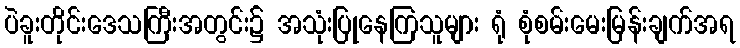
ပဲခူးတိုင်းဒေသကြီးအတွင်း၌ အသုံးပြုနေကြသူများ ရုံ စုံစမ်းမေးမြန်းချက်အရ